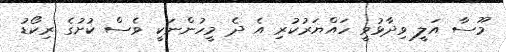
މޫސާ އަލީ ވިދާޅުވީ ހައްޔަރުކުރި އެ ދެ މީހުންނަކީ ވެސް ކުށުގެ ރިކޯޑު